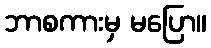
ဘာစကားမှ မပြော။